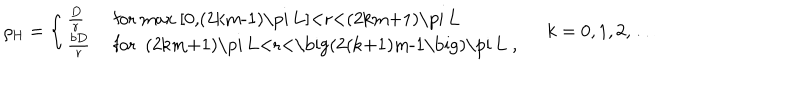
\rho _ { \mathrm { H } } = \left\{ \left\{ \begin{cases} { { { \frac { D } { r } } } } & { { f o r m a x [ 0 , ( 2 k m - 1 ) \pi L ] < r < ( 2 k m + 1 ) \pi L } } \\ { { { \frac { b D } { r } } } } & { { f o r ( 2 k m + 1 ) \pi L < r < \big ( 2 ( k + 1 ) m - 1 \big ) \pi L , } } \\ \end{cases} \right. \right. \quad k = 0 , 1 , 2 , \dots